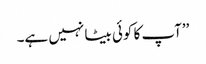
’’آپ کا کوئی بیٹا نہیں ہے۔